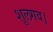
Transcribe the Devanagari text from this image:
शूलगव।